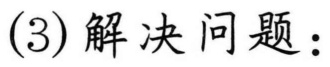
(3) 解决问题：